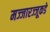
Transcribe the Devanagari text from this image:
मज्जारज्जूकडे